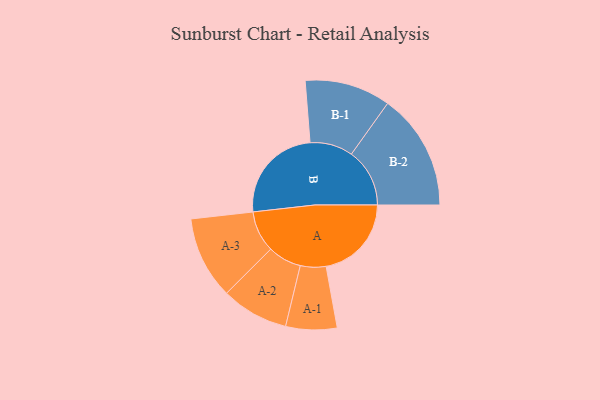
{"axis": {"x": "Segment", "y": "Value"}, "legend": ["", "A", "B"], "data": [{"x": "A", "y": 360, "type": ""}, {"x": "B", "y": 415, "type": ""}, {"x": "A-1", "y": 108, "type": "A"}, {"x": "A-2", "y": 142, "type": "A"}, {"x": "A-3", "y": 174, "type": "A"}, {"x": "B-1", "y": 181, "type": "B"}, {"x": "B-2", "y": 246, "type": "B"}]}